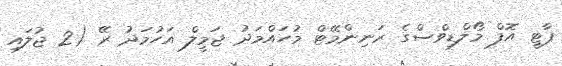
ޕާޓީ އޮފް މޯލްޑިވްސްގެ ރަނިންމޭޓް މުހައްމަދު ޖަމީލް އަހުމަދު ރޭ (2 ޖުލައި